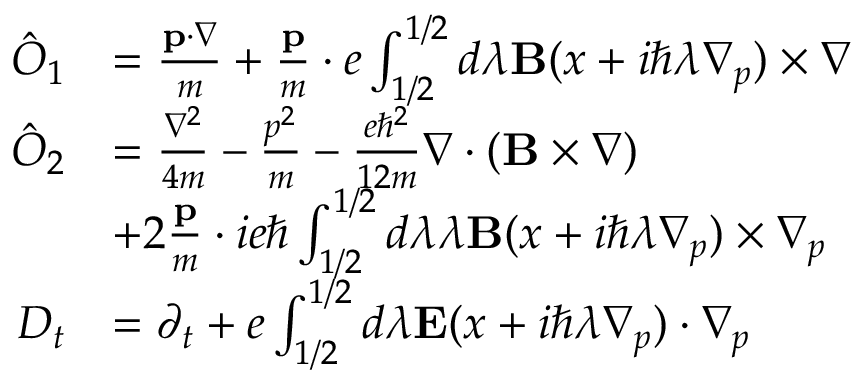
\begin{array} { r l } { \hat { O } _ { 1 } } & { = \frac { \mathbf { p } \cdot \nabla } { m } + \frac { \mathbf { p } } { m } \cdot e \int _ { 1 / 2 } ^ { 1 / 2 } d \lambda \mathbf { B } ( x + i \hbar \lambda \nabla _ { p } ) \times \nabla } \\ { \hat { O } _ { 2 } } & { = \frac { \nabla ^ { 2 } } { 4 m } - \frac { p ^ { 2 } } { m } - \frac { e \hbar ^ { 2 } } { 1 2 m } \nabla \cdot ( \mathbf { B } \times \nabla ) } \\ & { + 2 \frac { \mathbf { p } } { m } \cdot i e \hbar \int _ { 1 / 2 } ^ { 1 / 2 } d \lambda \lambda \mathbf { B } ( x + i \hbar \lambda \nabla _ { p } ) \times \nabla _ { p } } \\ { D _ { t } } & { = \partial _ { t } + e \int _ { 1 / 2 } ^ { 1 / 2 } d \lambda \mathbf { E } ( x + i \hbar \lambda \nabla _ { p } ) \cdot \nabla _ { p } } \end{array}